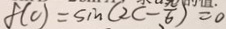
f ( c ) = \sin ( 2 c - \frac { \pi } { 6 } ) = 0